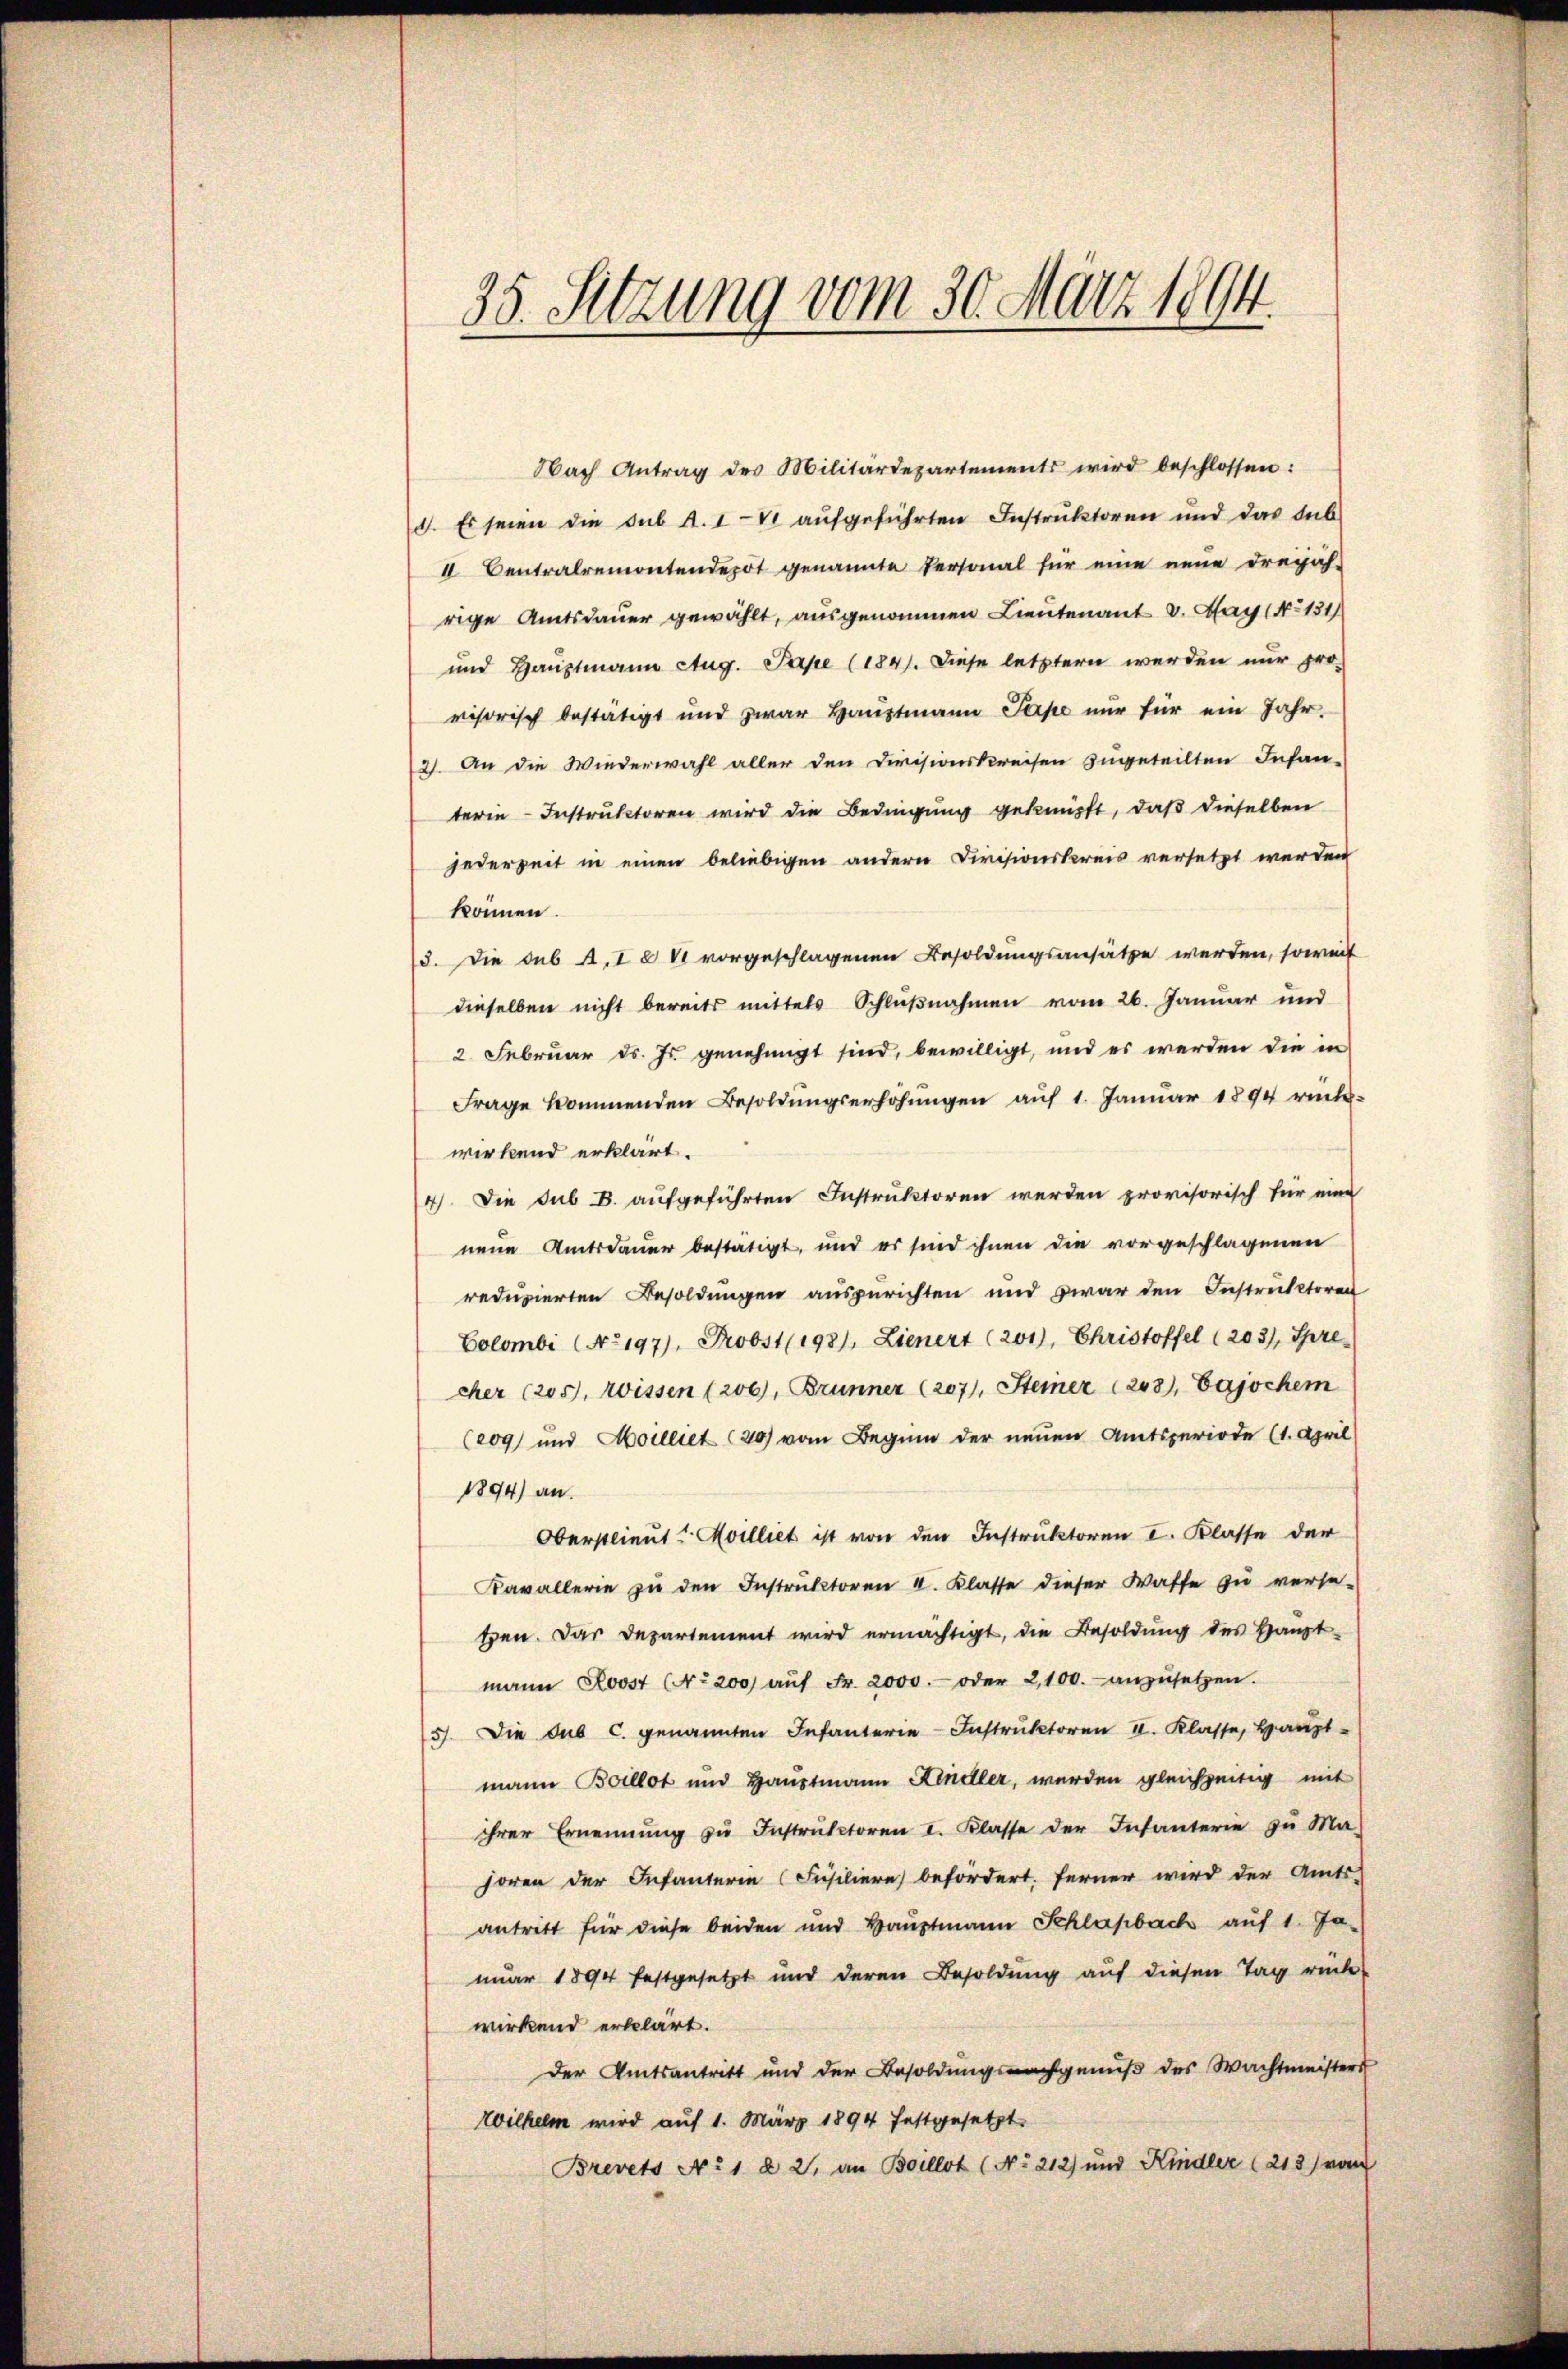
35. Setzung vom 30. März 1894.

Nach Antrag des Militärdepartements wird beschlossen:
d. Es seien die sub A. IV aufgeführten Instruktoren und das Sub
 Centralremontendepot genannte Personal für eine neŭe dreijäh-
rige Amtsdauer gewählt, ausgenommen Lieutenant v. May (No 131
und Hauptmann Aug. Pape (184). Diese letztern werden nur provisorisch bestätigt und zwar Haŭptmann Parpe nŭr für ein Jahr.
2). An die Wiederwahl aller den Divisionskreisen zugeteilten Infan-
terie-Instruktoren wird die Bedingung geknüpft, daß dieselben
jederzeit in einen beliebigen andern Civisionskreis versetzt werden
können.
3. Die sub A. I a VI vorgeschlagenen Besoldungsansätze werden, soweit
dieselben nicht bereits mittels Schlußnahmen vom 26. Januar und
2. Februar d. Js. genehmigt sind, bewilligt, und es werden die in
Frage kommenden Besoldungserhöhungen auf 1. Januar 1894 rück-
wirkend erklärt.
4). Die sub B. aufgeführten Instruktoren werden provisorisch für eine
neue Amtsdauer bestätigt, und es sind ihnen die vorgeschlagenen
reduzierten Besoldungen auszurichten und zwar den Instruktoren
Colombi (No197), Probst (198/, Lienert (201), Christoffel (203), Spre-
cher (205, Wissen (200, Brunner (207), Steiner (203), Eajochem
(209) und Moilliet (30) vom Beginn der neuen Amtsperiode (1. April
1894) an.
Oberstlieut. Milliet ist von den Instruktoren I. Klasse der
Kavallerie zŭ den Instrŭktoren 4. Klasse dieser Waffe zu verse-
ten. Das Departement wird ermächtigt, die Besoldung des Haupt-
mann Stoost (No 200 aŭf Fr. 2000.- oder 2,100. anzusetzen.
5). Die sub c. genannten Infanterie-Instruktoren II. Klasse, Haupt-
mann Boillot und Hauptmann Kindler, werden gleichzeitig mit
ihrer Ernennung zŭ Instrŭktoren I. Klasse der Infanterie zŭ Ma-
horen der Infanterie (Füsiliere befördert. Ferner wird der Amts-
antritt für diese beiden und Haŭptmann Schlapbach auf 1. Ja-
nuar 1894 festgesetzt und deren Besoldung auf diesen Tag rück
wirkend erklärt.
Der Amtsantritt und der Besoldung nachgenuß des Wachtmeisters
Wilhelm wird auf 1. März 1894 festgesetzt
Brevets No 1 § 2, an Boillot (No 212) und Kindler (213) vom